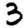
Digit: 3